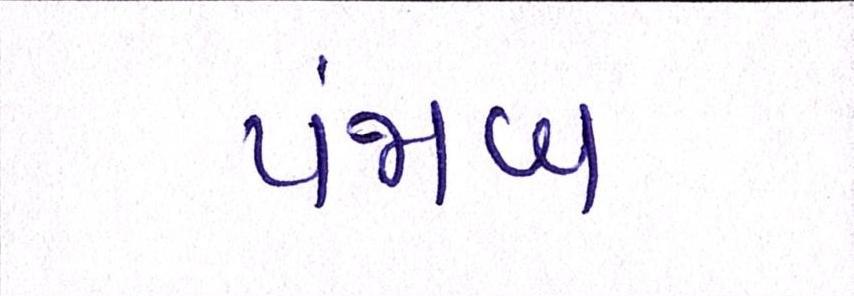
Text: પંજાબ